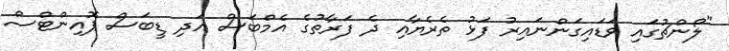
"ލޯންޗުގައި ވަޑައިގަންނައިރު ފަޅު ތެރެޔާއި ދެ ފަރާތުގެ އެމްބަސް އަދި ޑީބަސް ޕޮއިންޓްސް